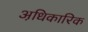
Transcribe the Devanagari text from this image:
अधि़कारिक